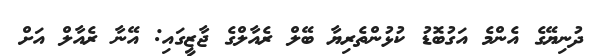
ދުނިޔޭގެ އެންމެ އަގުބޮޑު ކުޅުންތެރިޔާ ބޭލް ރެއާލްގެ ޖާޒީގައި: އޭނާ ރެއާލް އަށް